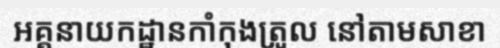
អគ្គនាយកដ្ឋានកាំកុងត្រូល នៅតាមសាខា